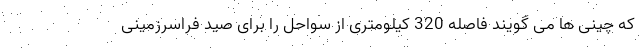
که چینی ها می گویند فاصله 320 کیلومتری از سواحل را برای صید فراسرزمینی